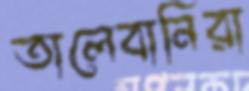
তালেবানিরা